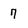
Character: 7